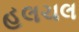
હલચલ